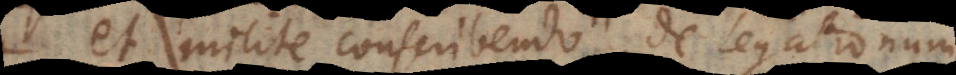
et milite conscribendo, de Legationum